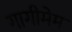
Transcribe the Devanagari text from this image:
गागीमेम